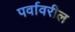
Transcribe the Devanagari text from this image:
पर्वावरील